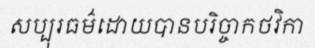
សប្បុរធម៌ដោយបានបរិច្ចាកថវិកា